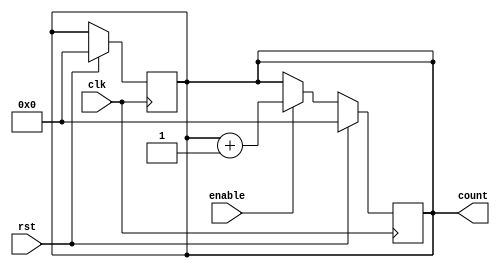
module Binary_Up_Counter_with_Enable (
    input wire clk,
    input wire rst,
    input wire enable,
    output reg [N-1:0] count
);

parameter N = 4;
reg [N-1:0] next_count;

always @ (posedge clk) begin
    if (rst) begin
        count <= 0;
        next_count <= 0;
    end else begin
        if (enable) begin
            next_count <= count + 1;
        end else begin
            next_count <= count;
        end
    end
end

always @* begin
    count <= next_count;
end

endmodule